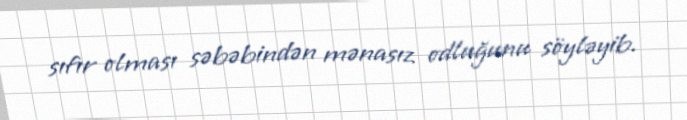
sıfır olması səbəbindən mənasız odluğunu söyləyib.